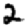
Digit: 2